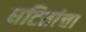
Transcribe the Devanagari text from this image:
घटितांचा